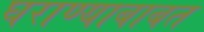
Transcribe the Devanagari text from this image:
घराण्याबाबत